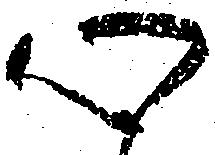
心